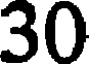
30